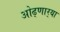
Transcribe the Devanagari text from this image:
ओढ्णार्‍या